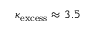
\kappa _ { \mathrm { e x c e s s } } \approx 3 . 5